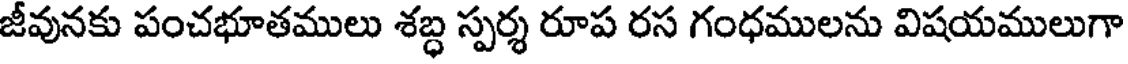
జీవునకు పంచభూతములు శబ్ధ స్పర్శ రూప రస గంధములను విషయములుగా